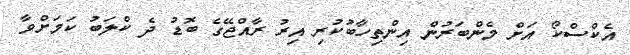
އެކްސްކޯ އަށް މެންބަރުން އިންތިހާބުކުރި އިރު ރާއްޖޭގެ ބޮޑު ދެ ކްލަބު ކަމަށްވާ